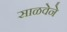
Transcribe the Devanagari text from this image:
साळवेने